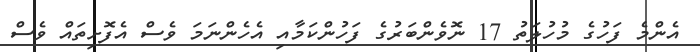
އެންމެ ފަހުގެ މުހުލަތު 17 ނޮވެންބަރުގެ ފަހުންކަމާއި އެހެންނަމަ ވެސް އެފޮށިތައް ވެސް